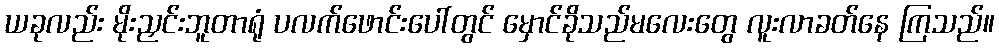
ယခုလည်း မိုးညှင်းဘူတာရုံ ပလက်ဖောင်းပေါ်တွင် မှောင်ခိုသည်မလေးတွေ လူးလာခတ်နေ ကြသည်။